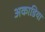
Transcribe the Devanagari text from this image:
अकाडिया